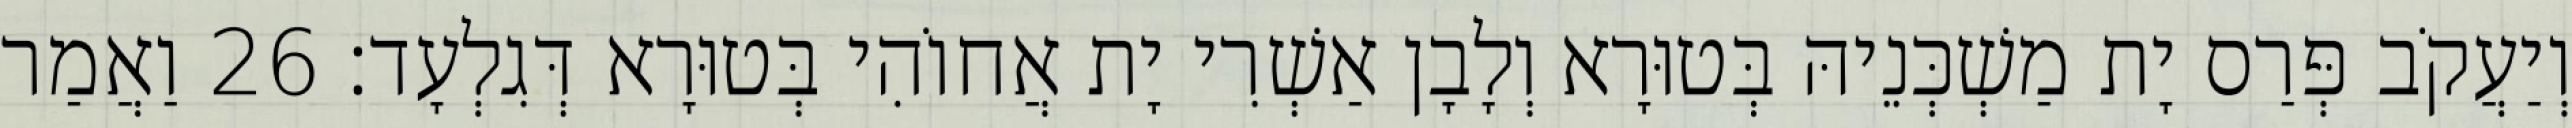
וְיַעֲקֹב פְּרַס יָת מַשְׁכְּנֵיהּ בְּטוּרָא וְלָבָן אַשְׁרִי יָת אֲחוֹהִי בְּטוּרָא דְּגִלְעָד׃ 26 וַאֲמַר